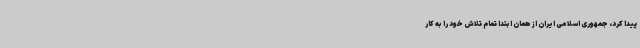
پیدا کرد، جمهوری اسلامی ایران از همان ابتدا تمام تلاش خود را به کار